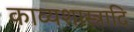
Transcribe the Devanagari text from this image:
काव्यशास्त्रादि